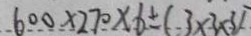
6 0 0 \times 2 7 0 \times 6 \pm ( 3 \times 3 \times 3 )